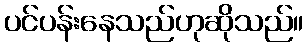
ပင်ပန်းနေသည်ဟုဆိုသည်။